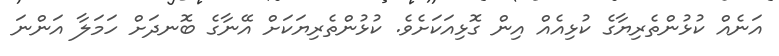
އަނެއް ކުޅުންތެރިޔާގެ ކުޅިއެއް އިން ގޮޅިއަކަށެވެ. ކުޅުންތެރިޔަކަށް އޭނާގެ ބޮނދަށް ހަމަލާ އަންނަ